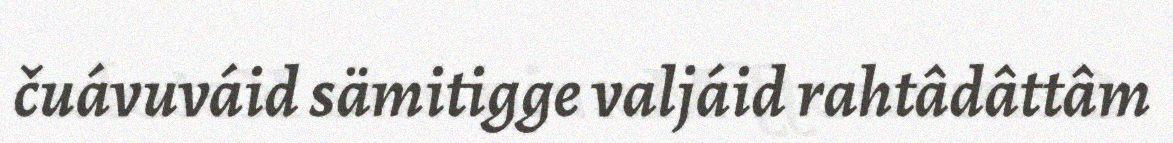
čuávuváid sämitigge valjáid rahtâdâttâm